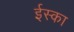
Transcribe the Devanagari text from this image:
ईस्का